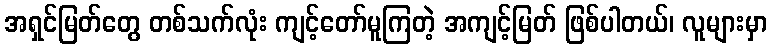
အရှင်မြတ်တွေ တစ်သက်လုံး ကျင့်တော်မူကြတဲ့ အကျင့်မြတ် ဖြစ်ပါတယ်၊ လူများမှာ